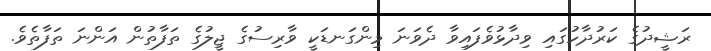
ރަޝީދުގެ ކަރުދާހުގައި ވިދާޅުވެފައިވާ ދެވަނަ މިންގަނޑަކީ ވާރިސުގެ ޖީލުގެ ތަފާތުން އަންނަ ތަފާތެވެ.